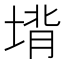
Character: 𪣵